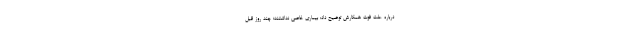
درباره علت فوت همکارش توضیح داد: بیماری خاصی نداشتند؛ چند روز قبل